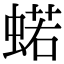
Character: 𧍗